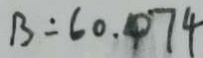
B = 6 0 . 0 7 4